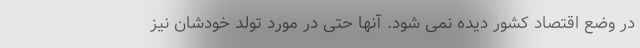
در وضع اقتصاد کشور دیده نمی شود. آنها حتی در مورد تولد خودشان نیز